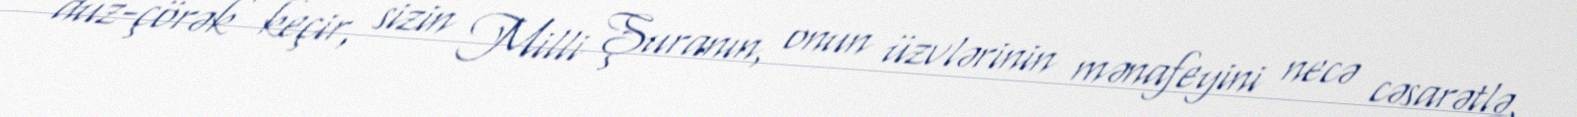
duz-çörək keçir, sizin Milli Şuranın, onun üzvlərinin mənafeyini necə cəsarətlə,